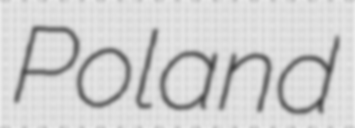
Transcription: Poland